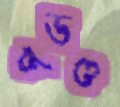
পডও